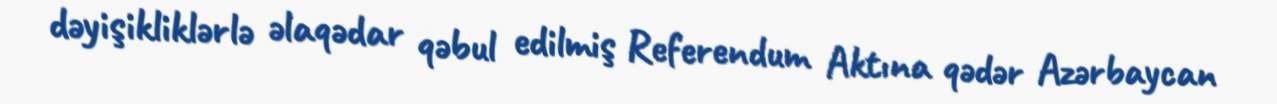
dəyişikliklərlə əlaqədar qəbul edilmiş Referendum Aktına qədər Azərbaycan